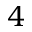
4